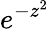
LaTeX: e^{-z^{2}}